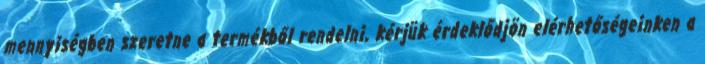
mennyiségben szeretne a termékből rendelni, kérjük érdeklődjön elérhetőségeinken a